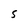
Character: S